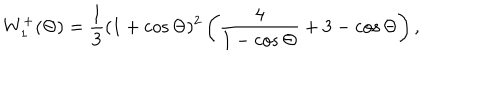
W _ { 1 } ^ { + } ( \Theta ) = \frac { 1 } { 3 } ( 1 + \cos \Theta ) ^ { 2 } \left( \frac { 4 } { 1 - \cos \Theta } + 3 - \cos \Theta \right) ,